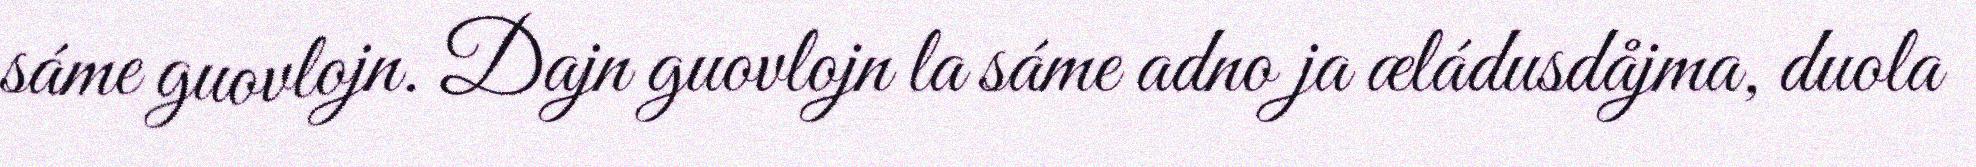
sáme guovlojn. Dajn guovlojn la sáme adno ja æládusdåjma, duola